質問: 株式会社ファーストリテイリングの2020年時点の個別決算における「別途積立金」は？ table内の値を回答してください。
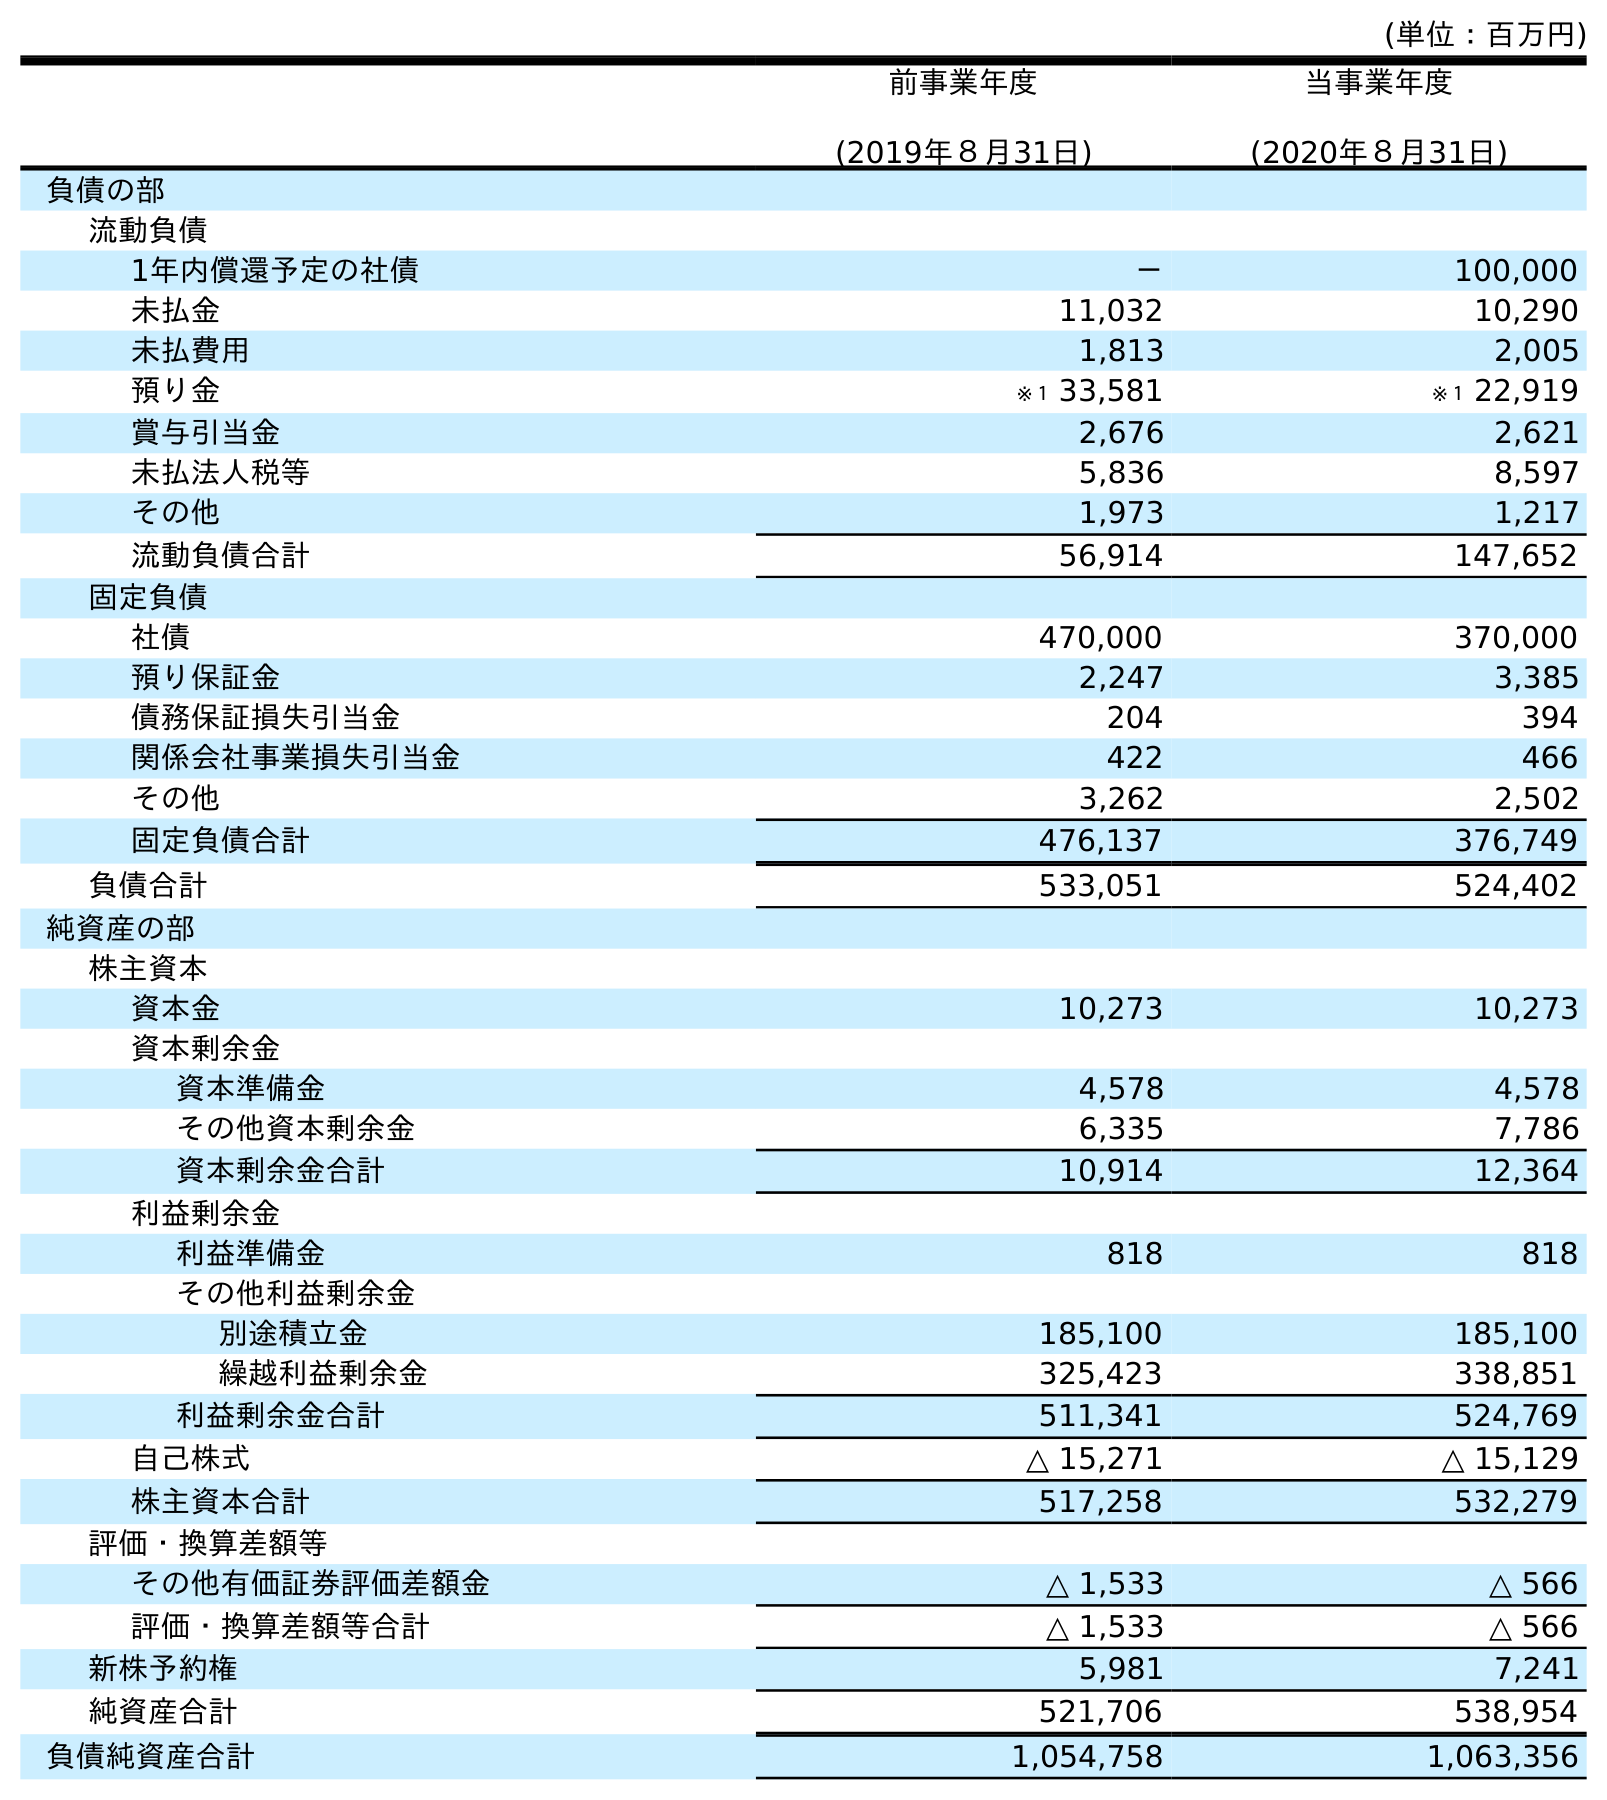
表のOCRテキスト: (単位：百万円) 前事業年度 (2019年８月31日) 当事業年度 (2020年８月31日) 負債の部 流動負債 1年内償還予定の社債 － 100,000 未払金 11,032 10,290 未払費用 1,813 2,005 預り金 ※１ 33,581 ※１ 22,919 賞与引当金 2,676 2,621 未払法人税等 5,836 8,597 その他 1,973 1,217 流動負債合計 56,914 147,652 固定負債 社債 470,000 370,000 預り保証金 2,247 3,385 債務保証損失引当金 204 394 関係会社事業損失引当金 422 466 その他 3,262 2,502 固定負債合計 476,137 376,749 負債合計 533,051 524,402 純資産の部 株主資本 資本金 10,273 10,273 資本剰余金 資本準備金 4,578 4,578 その他資本剰余金 6,335 7,786 資本剰余金合計 10,914 12,364 利益剰余金 利益準備金 818 818 その他利益剰余金 別途積立金 185,100 185,100 繰越利益剰余金 325,423 338,851 利益剰余金合計 511,341 524,769 自己株式 △ 15,271 △ 15,129 株主資本合計 517,258 532,279 評価・換算差額等 その他有価証券評価差額金 △ 1,533 △ 566 評価・換算差額等合計 △ 1,533 △ 566 新株予約権 5,981 7,241 純資産合計 521,706 538,954 負債純資産合計 1,054,758 1,063,356
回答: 185,100